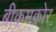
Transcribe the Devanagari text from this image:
बीकमकोर